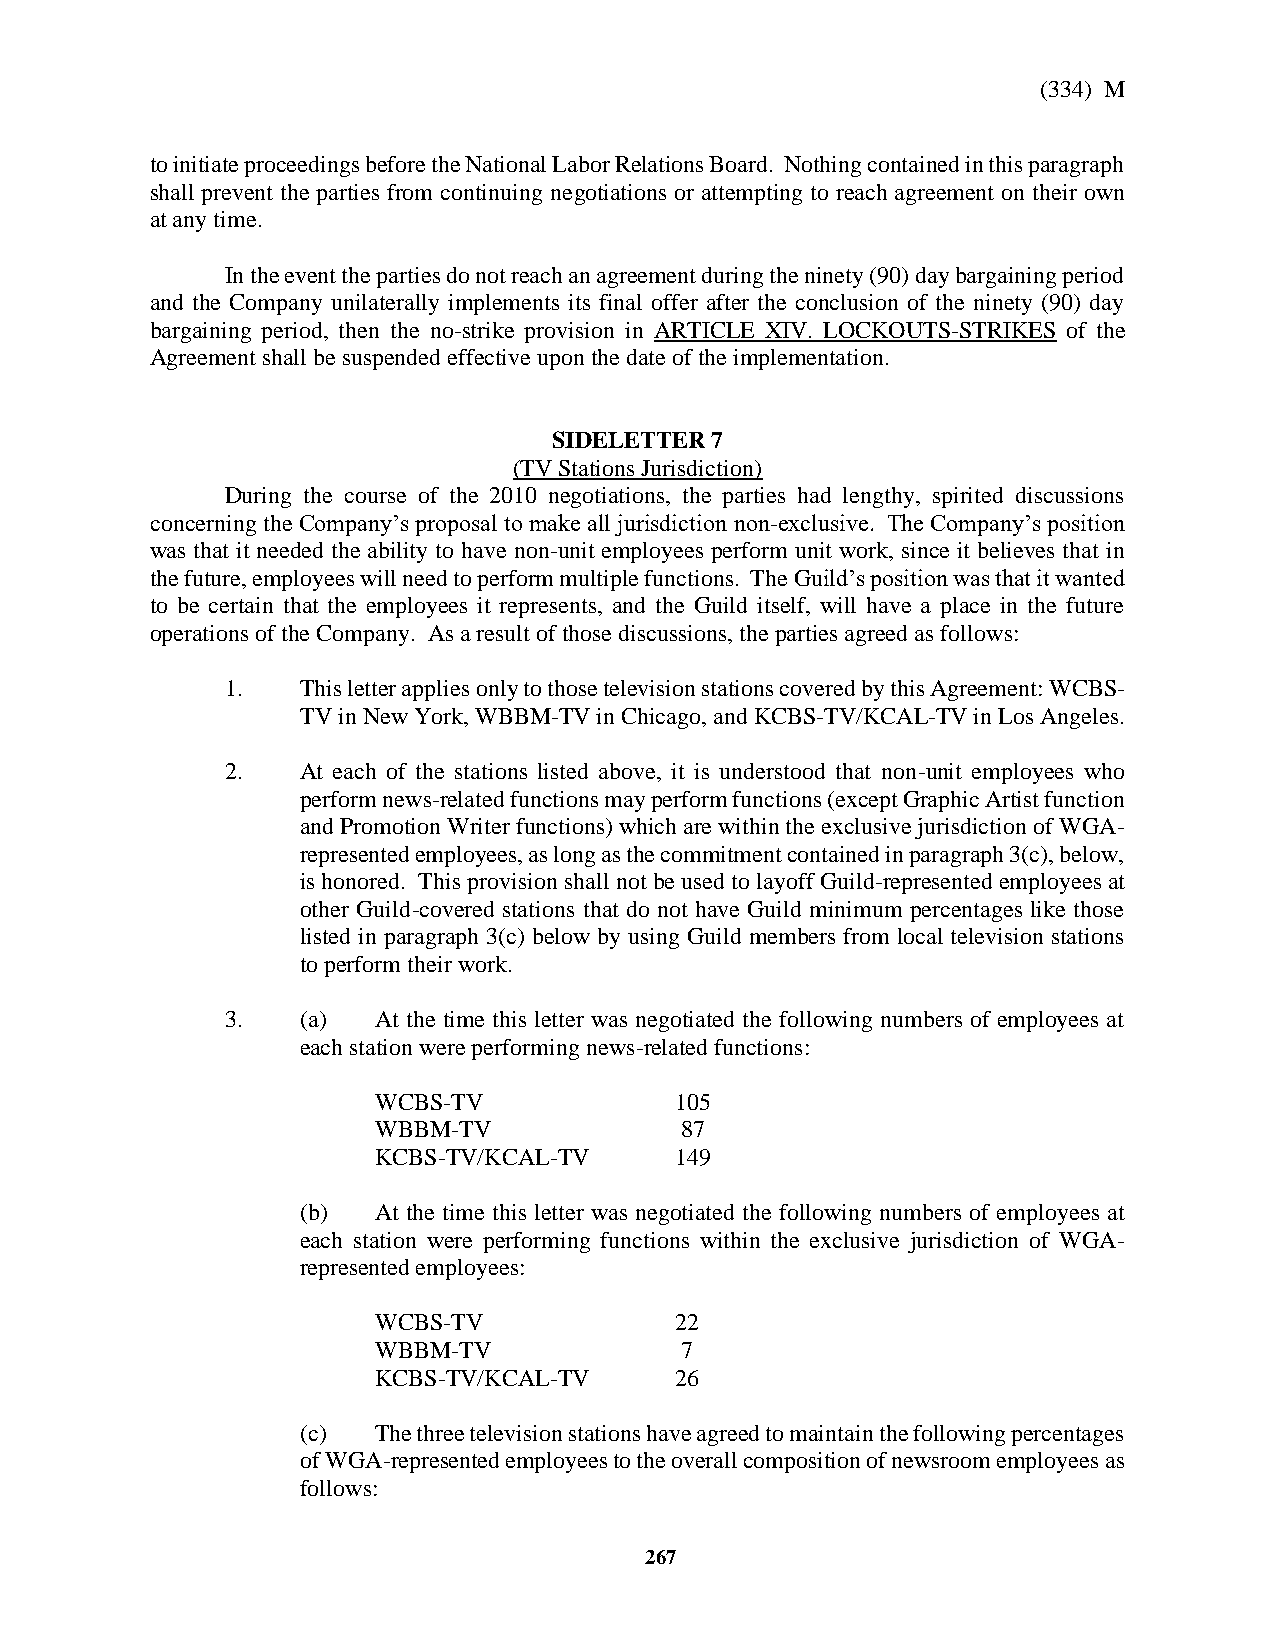
(334) M
 to initiate proceedings before the National Labor Relations Board. Nothing contained in this paragraph
 shall prevent the parties from continuing negotiations or attempting to reach agreement on their own
 at any time.
 In the event the parties do not reach an agreement during the ninety (90) day bargaining period
 and the Company unilaterally implements its final offer after the conclusion of the ninety (90) day
 bargaining period, then the no-strike provision in ARTICLE XIV. LOCKOUTS-STRIKES of the
 Agreement shall be suspended effective upon the date of the implementation.
 SIDELETTER 7
 (TV Stations Jurisdiction)
 During the course of the 2010 negotiations, the parties had lengthy, spirited discussions
 concerning the Company’s proposal to make all jurisdiction non-exclusive. The Company’s position
 was that it needed the ability to have non-unit employees perform unit work, since it believes that in
 the future, employees will need to perform multiple functions. The Guild’s position was that it wanted
 to be certain that the employees it represents, and the Guild itself, will have a place in the future
 operations of the Company. As a result of those discussions, the parties agreed as follows:
 1.   This letter applies only to those television stations covered by this Agreement: WCBS-
 TV in New York, WBBM-TV in Chicago, and KCBS-TV/KCAL-TV in Los Angeles.
 2.   At each of the stations listed above, it is understood that non-unit employees who
 perform news-related functions may perform functions (except Graphic Artist function
 and Promotion Writer functions) which are within the exclusive jurisdiction of WGA-
 represented employees, as long as the commitment contained in paragraph 3(c), below,
 is honored. This provision shall not be used to layoff Guild-represented employees at
 other Guild-covered stations that do not have Guild minimum percentages like those
 listed in paragraph 3(c) below by using Guild members from local television stations
 to perform their work.
 3.   (a)  At the time this letter was negotiated the following numbers of employees at
 each station were performing news-related functions:
 WCBS-TV             105
 WBBM-TV             87
 KCBS-TV/KCAL-TV     149
 (b)  At the time this letter was negotiated the following numbers of employees at
 each station were performing functions within the exclusive jurisdiction of WGA-
 represented employees:
 WCBS-TV             22
 WBBM-TV             7
 KCBS-TV/KCAL-TV     26
 (c)  The three television stations have agreed to maintain the following percentages
 of WGA-represented employees to the overall composition of newsroom employees as
 follows:
 267